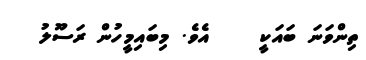
ތިންވަނަ ބައަކީ    އެވެ. މިބައިމީހުން ރަސޫލު